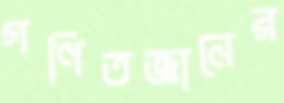
গণিতজ্ঞানের